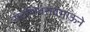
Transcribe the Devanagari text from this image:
सदशिवरावभाऊने